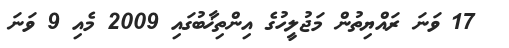
17 ވަނަ ރައްޔިތުން މަޖުލީހުގެ އިންތިޚާބުގައި 2009 މެއި 9 ވަނަ